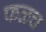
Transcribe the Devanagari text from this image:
फळच